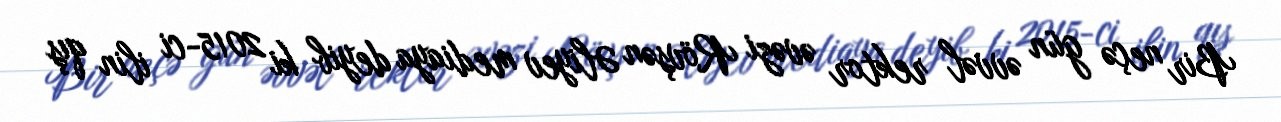
Bir neçə gün əvvəl rektor əvəzi Rövşən Əliyev mediaya deyib ki 2015-ci ilin qış